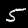
Label: 5